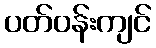
ပတ်ဝန်းကျင်